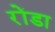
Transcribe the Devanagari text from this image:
रोंडा